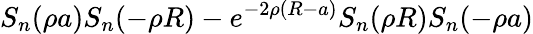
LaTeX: S_{n}(\rho a)S_{n}(-\rho R)-e^{-2\rho(R-a)}S_{n}(\rho R)S_{n}(-\rho a)